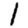
Digit: 1